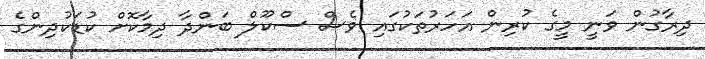
ދިރާގުން ވަނީ މީގެ ކުރިން އަހަރުތަކުގައި ވެސް ސްކޫލް ބަންދާ ދިމާކޮށް ކުޑަކުދިންގެ